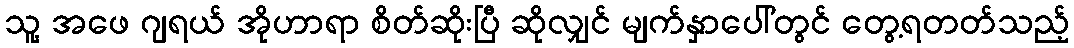
သူ့ အဖေ ဂျရယ် အိုဟာရာ စိတ်ဆိုးပြီ ဆိုလျှင် မျက်နှာပေါ်တွင် တွေ့ရတတ်သည့်